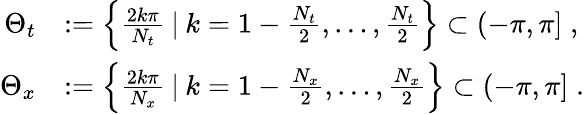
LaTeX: \begin{array}{rl}{\Theta_{t}}&{:=\left\{ \frac{2k\pi}{N_{t}}\: |\: k=1-\frac{N_{t}}{2},\dots,\frac{N_{t}}{2}\right\} \subset(-\pi,\pi]\; ,}\\ {\Theta_{x}}&{:=\left\{ \frac{2k\pi}{N_{x}}\: |\: k=1-\frac{N_{x}}{2},\dots,\frac{N_{x}}{2}\right\} \subset(-\pi,\pi]\; .}\end{array}